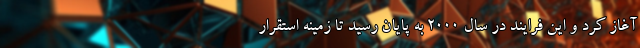
آغاز کرد و این فرایند در سال ۲۰۰۰ به پایان رسید تا زمینه استقرار